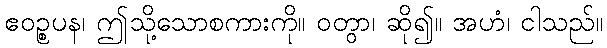
ဧဝဉ္စပန၊ ဤသို့သောစကားကို။ ဝတွာ၊ ဆို၍။ အဟံ၊ ငါသည်။